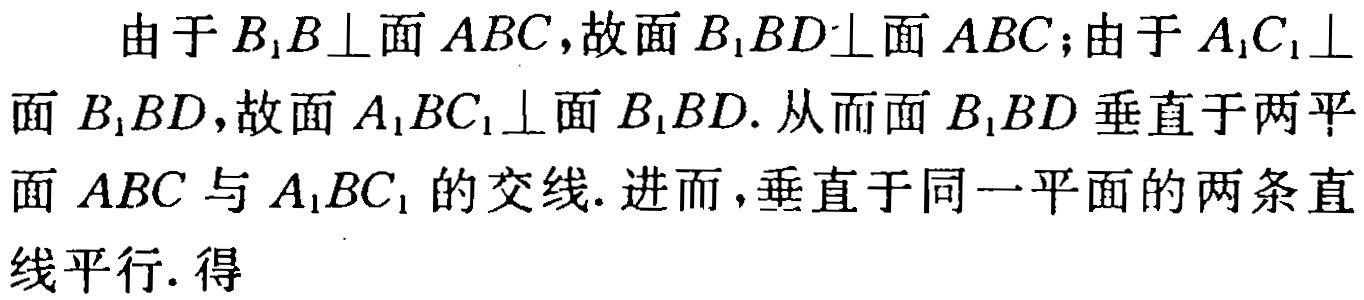
由于 \(B_{1}B\perp\)面 \(ABC\)，故面 \(B_{1}BD\perp\)面 \(ABC\)；由于 \(A_{1}C_{1}\perp\)面 \(B_{1}BD\)，故面 \(A_{1}BC_{1}\perp\)面 \(B_{1}BD\). 从而面 \(B_{1}BD\) 垂直于两平面 \(ABC\) 与 \(A_{1}BC_{1}\) 的交线. 进而，垂直于同一平面的两条直线平行. 得